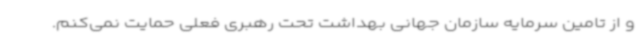
و از تامین سرمایه سازمان جهانی بهداشت تحت رهبری فعلی حمایت نمی‌کنم.